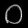
Digit: ၀